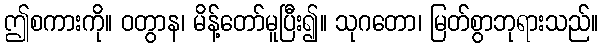
ဤစကားကို။ ဝတွာန၊ မိန့်တော်မူပြီး၍။ သုဂတော၊ မြတ်စွာဘုရားသည်။